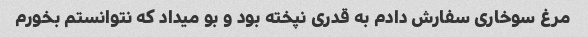
مرغ سوخاری سفارش دادم به قدری نپخته بود و بو میداد که نتوانستم بخورم